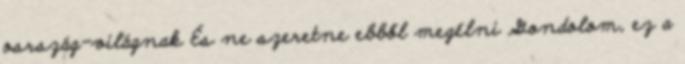
osrszág-világnak És ne szeretne ebből megélni Gondolom, ez a